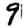
Digit: 9